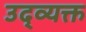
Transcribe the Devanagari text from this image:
उद्व्यक्त